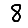
Digit: 8